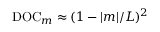
\mathrm { D O C } _ { m } \approx ( 1 - | m | / L ) ^ { 2 }